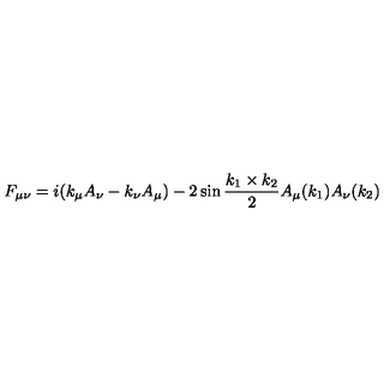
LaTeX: F _ { \mu \nu } = i ( k _ { \mu } A _ { \nu } - k _ { \nu } A _ { \mu } ) - 2 \sin \frac { k _ { 1 } \times k _ { 2 } } { 2 } A _ { \mu } ( k _ { 1 } ) A _ { \nu } ( k _ { 2 } )